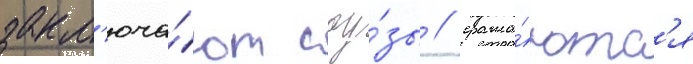
закл'юча́ют соу́зы / сража́ютс'я